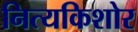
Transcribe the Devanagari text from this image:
नित्यकिशोर